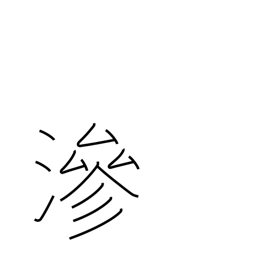
Meaning: imbued with